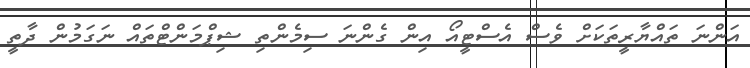
އަންނަ ތައްޔާރީތަކަށް ވެސް އެސްޓީއޯ އިން ގެންނަ ސިމެންތި ޝިޕްމަންޓްތައް ނަގަމުން ދާތީ